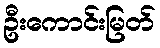
ဦးကောင်းမြတ်